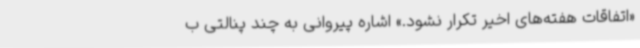
«اتفاقات هفته‌های اخیر تکرار نشود.» اشاره پیروانی به چند پنالتی ب